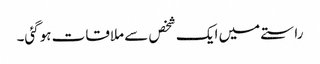
راستے میں ایک شخص سے ملاقات ہوگئی۔